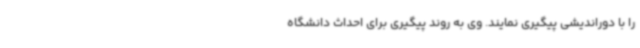
را با دوراندیشی پیگیری نمایند. وی به روند پیگیری برای احداث دانشگاه